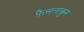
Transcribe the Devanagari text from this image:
फ़ैसलाकुन